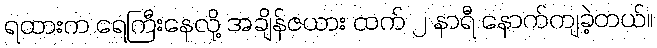
ရထားက ရေကြီးနေလို့ အချိန်ဇယား ထက် ၂ နာရီ နောက်ကျခဲ့တယ်။